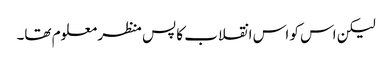
لیکن اس کو اس انقلاب کا پس منظر معلوم تھا۔